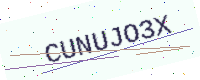
Text: CUNUJO3X